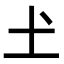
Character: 𡈽